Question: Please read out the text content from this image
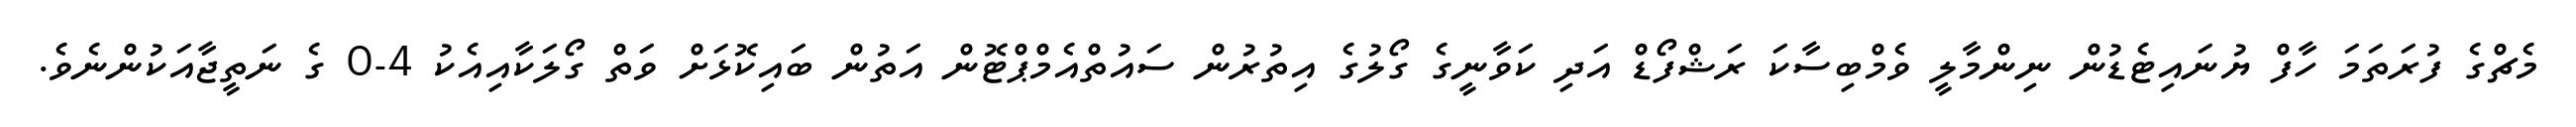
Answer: މެޗްގެ ފުރަތަމަ ހާފް ޔުނައިޓެޑުން ނިންމާލީ ވެމްބިސާކަ ރަޝްފޯޑް އަދި ކަވާނީގެ ގޯލުގެ އިތުރުން ސައުތްއެމްޕްޓޮން އަތުން ބައިކޮޅަށް ވަތް ގޯލަކާއިއެކު 4-0 ގެ ނަތީޖާއަކުންނެވެ.